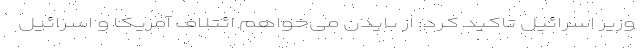
وزیر اسرائیل تاکید کرد: از بایدن می‌خواهم ائتلاف آمریکا و اسرائیل